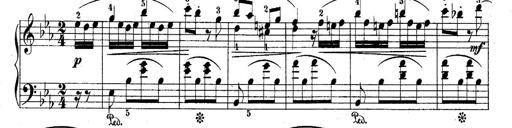
Title: 10 Sonatines progressives
Composer: Anton Schmoll